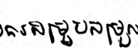
ការសម្របសម្រួល